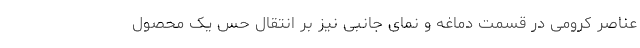
عناصر کرومی در قسمت دماغه و نمای جانبی نیز بر انتقال حس یک محصول